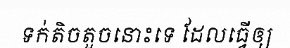
ទក់តិចតួចនោះទេ ដែលធ្វើឲ្យ